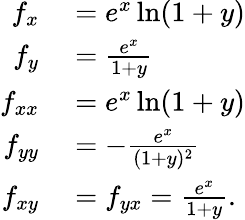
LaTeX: \begin{array}{rl}{f_{x}}&{{}=e^{x}\ln(1+y)}\\ {f_{y}}&{{}={\frac{e^{x}}{1+y}}}\\ {f_{xx}}&{{}=e^{x}\ln(1+y)}\\ {f_{yy}}&{{}=-{\frac{e^{x}}{(1+y)^{2}}}}\\ {f_{xy}}&{{}=f_{yx}={\frac{e^{x}}{1+y}}.}\end{array}